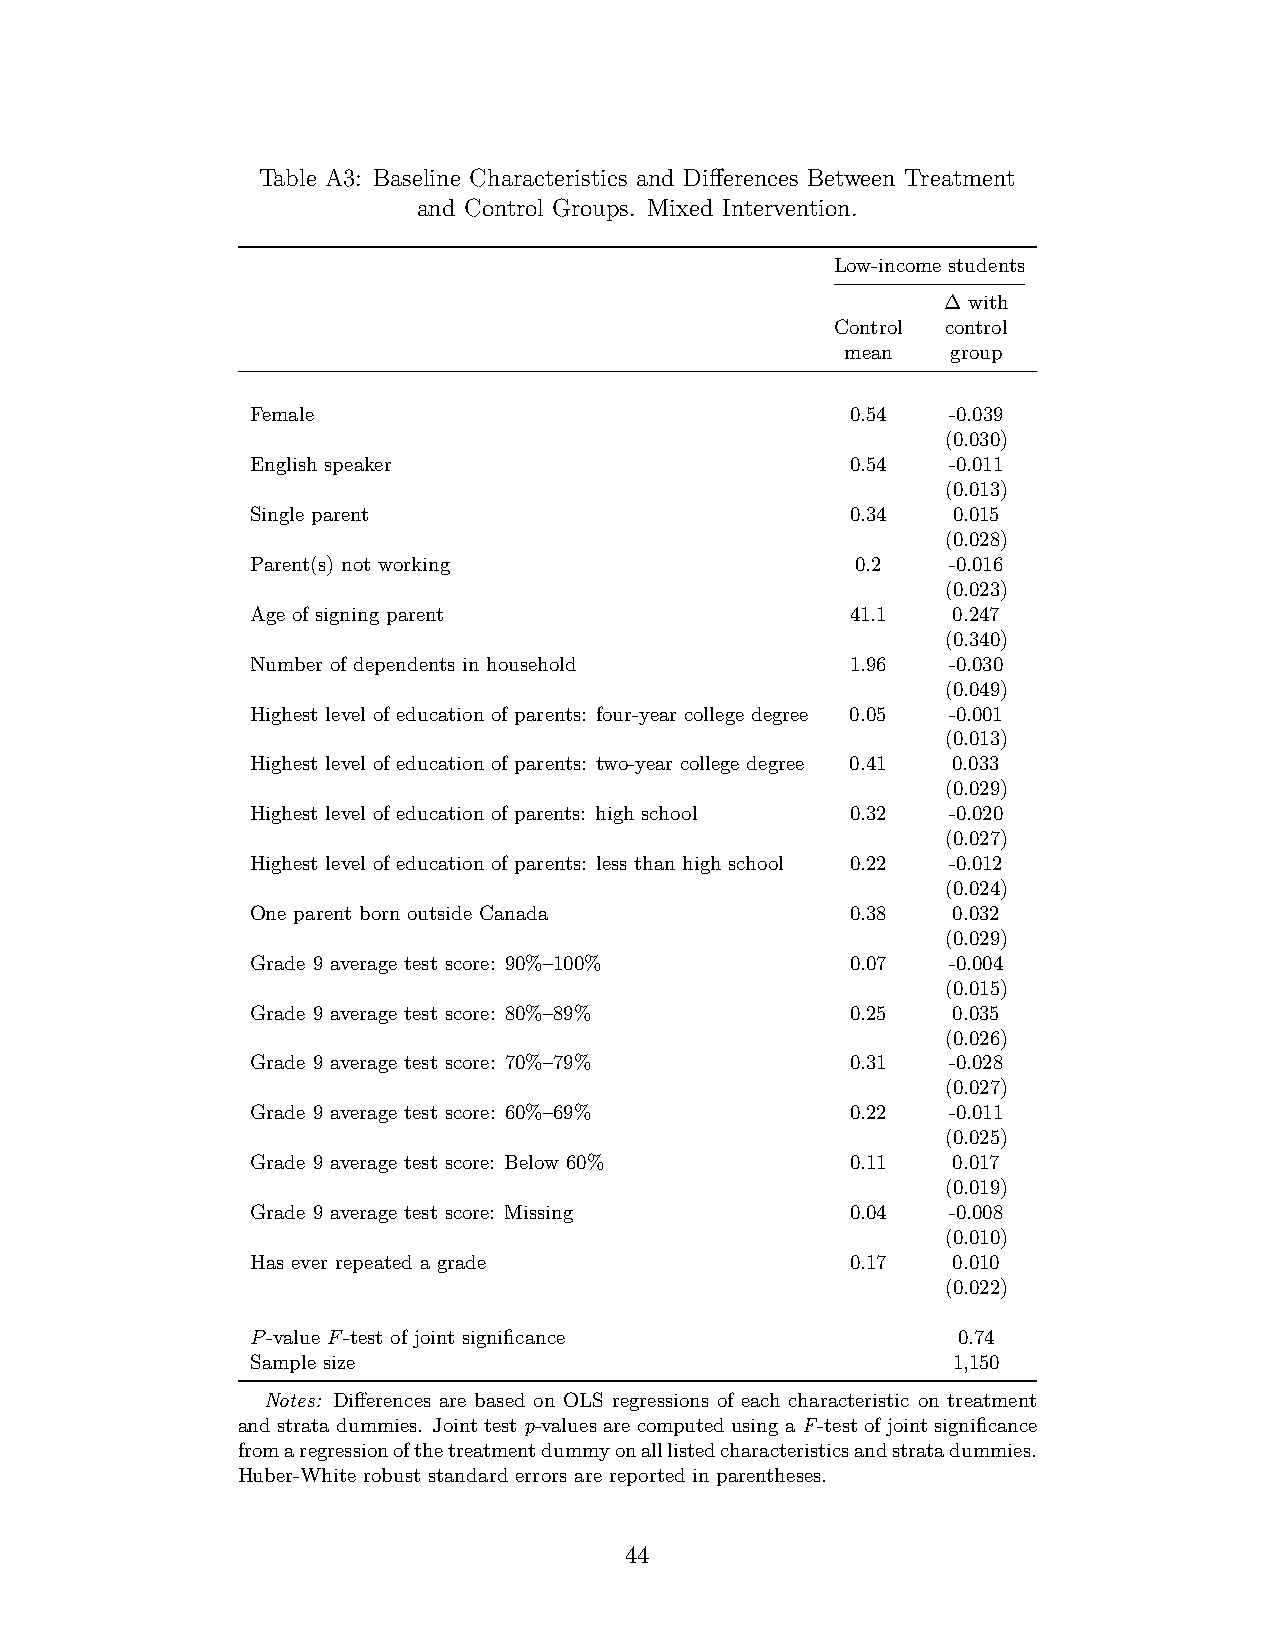
Table A3: Baseline Characteristics and Differences Between Treatment
 and Control Groups. Mixed Intervention.
 Low-income students
 ∆ with
 Control control
 mean   group
 Female                                 0.54   -0.039
 (0.030)
 English speaker                        0.54   -0.011
 (0.013)
 Single parent                          0.34   0.015
 (0.028)
 Parent(s) not working                   0.2   -0.016
 (0.023)
 Age of signing parent                  41.1   0.247
 (0.340)
 Number of dependents in household      1.96   -0.030
 (0.049)
 Highest level of education of parents: four-year college degree 0.05 -0.001
 (0.013)
 Highest level of education of parents: two-year college degree 0.41 0.033
 (0.029)
 Highest level of education of parents: high school 0.32 -0.020
 (0.027)
 Highest level of education of parents: less than high school 0.22 -0.012
 (0.024)
 One parent born outside Canada         0.38   0.032
 (0.029)
 Grade 9 average test score: 90%–100%   0.07   -0.004
 (0.015)
 Grade 9 average test score: 80%–89%    0.25   0.035
 (0.026)
 Grade 9 average test score: 70%–79%    0.31   -0.028
 (0.027)
 Grade 9 average test score: 60%–69%    0.22   -0.011
 (0.025)
 Grade 9 average test score: Below 60%  0.11   0.017
 (0.019)
 Grade 9 average test score: Missing    0.04   -0.008
 (0.010)
 Has ever repeated a grade              0.17   0.010
 (0.022)
 P-value F-test of joint significance          0.74
 Sample size                                   1,150
 Notes: Differences are based on OLS regressions of each characteristic on treatment
 andstratadummies. Jointtestp-valuesarecomputedusingaF-testofjointsignificance
 fromaregressionofthetreatmentdummyonalllistedcharacteristicsandstratadummies.
 Huber-White robust standard errors are reported in parentheses.
 44